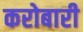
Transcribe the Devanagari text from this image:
करोबारी